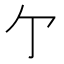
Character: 亇